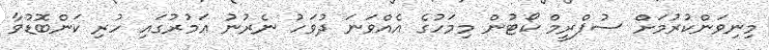
މިނިވަންކުރުމަށް ސުޕްރީމް ކޯޓުން މިމަހުގެ އެއްވަނަ ދުވަހު ނެރުނު އަމުރުގައި ހުރި ކަންބޮޑުވާ